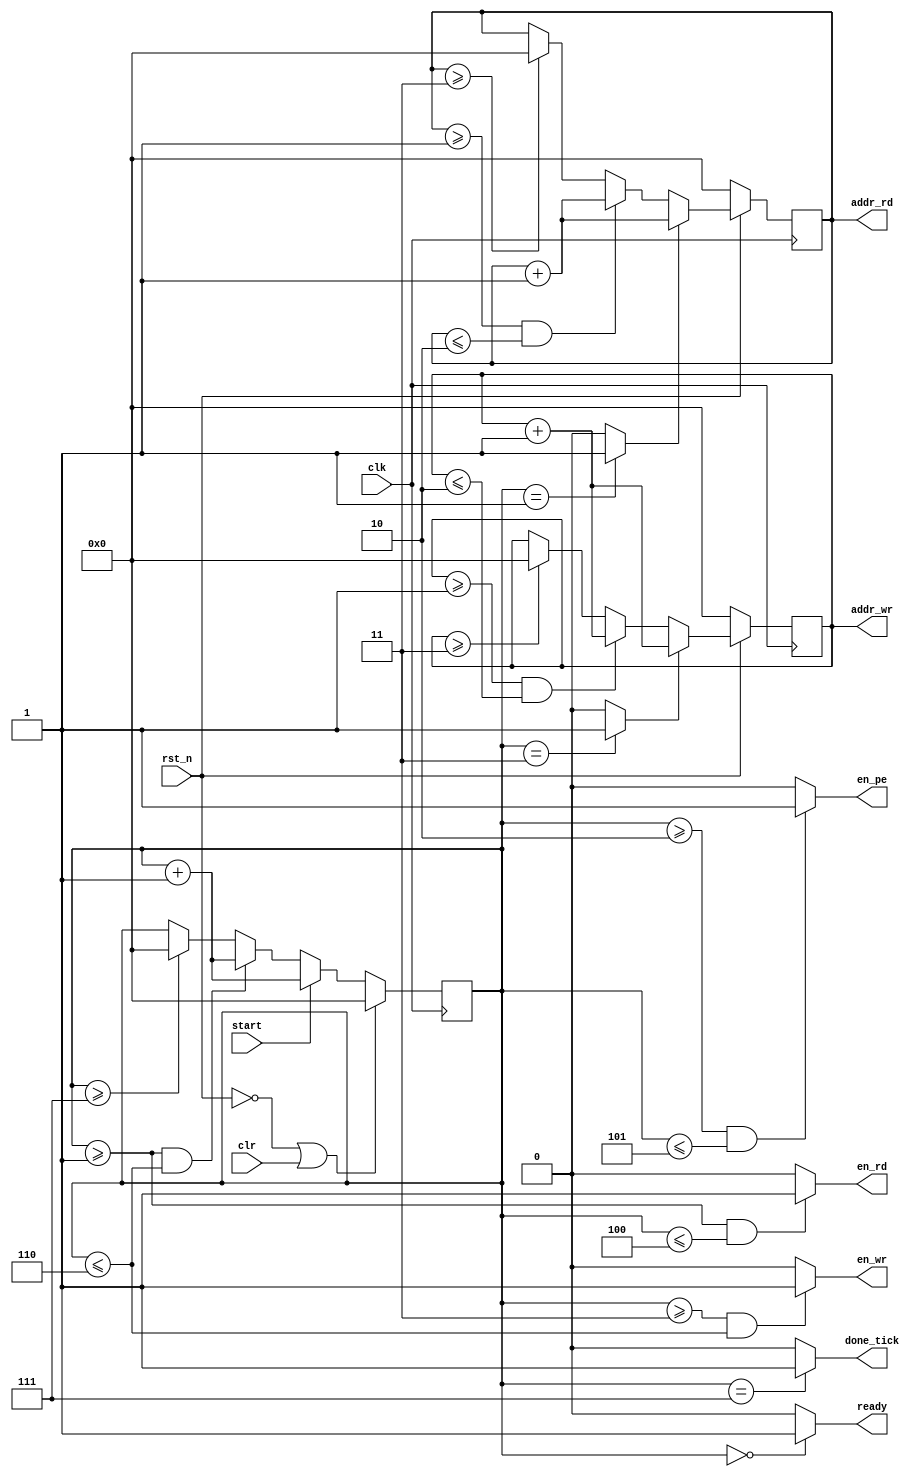
module counter_fsm
    (
        input wire        clk,
        input wire        rst_n,
        input wire        clr,
        input wire        start,
        output wire       done_tick,
        output wire       ready,
        output wire       en_rd,
        output wire [3:0] addr_rd,
        output wire       en_pe,
        output wire       en_wr,
        output wire [3:0] addr_wr
    );
    
    reg [3:0] cnt_fsm_reg;
    reg [3:0] cnt_addr_rd_reg;
    reg [3:0] cnt_addr_wr_reg;
    wire start_cnt_addr_rd;
    wire start_cnt_addr_wr;
    
    // Main counter as FSM
    always @(posedge clk)
    begin
        if (!rst_n || clr)
        begin
            cnt_fsm_reg <= 0;
        end
        else if (start)
        begin
            cnt_fsm_reg <= cnt_fsm_reg + 1;
        end
        else if (cnt_fsm_reg >= 1 && cnt_fsm_reg <= 6)
        begin
            cnt_fsm_reg <= cnt_fsm_reg + 1;
        end
        else if (cnt_fsm_reg >= 7)
        begin
            cnt_fsm_reg <= 0;
        end
    end
    
    // Control to start address read counter
    assign start_cnt_addr_rd = (cnt_fsm_reg == 1) ? 1 : 0;
    // Control to enable read
    assign en_rd = ((cnt_fsm_reg >= 1) & (cnt_fsm_reg <= 4)) ? 1 : 0;
    // Control to enable pe
    assign en_pe = ((cnt_fsm_reg >= 2) & (cnt_fsm_reg <= 5)) ? 1 : 0;
    // Control to start address write counter
    assign start_cnt_addr_wr = (cnt_fsm_reg == 3) ? 1 : 0;
    // Control to enable write
    assign en_wr = ((cnt_fsm_reg >= 3) & (cnt_fsm_reg <= 6)) ? 1 : 0;
    // Status done
    assign done_tick = (cnt_fsm_reg == 7) ? 1 : 0;
    // Status ready
    assign ready = (cnt_fsm_reg == 0) ? 1 : 0;
        
    // Additional counter for address read
    always @(posedge clk)
    begin
        if (!rst_n)
        begin
            cnt_addr_rd_reg <= 0;
        end
        else if (start_cnt_addr_rd)
        begin
            cnt_addr_rd_reg <= cnt_addr_rd_reg + 1;
        end
        else if (cnt_addr_rd_reg >= 1 && cnt_addr_rd_reg <= 2)
        begin
            cnt_addr_rd_reg <= cnt_addr_rd_reg + 1;
        end
        else if (cnt_addr_rd_reg >= 3)
        begin
            cnt_addr_rd_reg <= 0;
        end
    end
    // Address read output
    assign addr_rd = cnt_addr_rd_reg;
        
    // Additional counter for address write
    always @(posedge clk)
    begin
        if (!rst_n)
        begin
            cnt_addr_wr_reg <= 0;
        end
        else if (start_cnt_addr_wr)
        begin
            cnt_addr_wr_reg <= cnt_addr_wr_reg + 1;
        end
        else if (cnt_addr_wr_reg >= 1 && cnt_addr_wr_reg <= 2)
        begin
            cnt_addr_wr_reg <= cnt_addr_wr_reg + 1;
        end
        else if (cnt_addr_wr_reg >= 3)
        begin
            cnt_addr_wr_reg <= 0;
        end
    end
    // Address write output
    assign addr_wr = cnt_addr_wr_reg;
    
endmodule